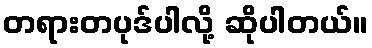
တရားတပုဒ်ပါလို့ ဆိုပါတယ်။